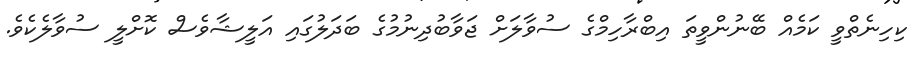
ކިހިނެތްވީ ކަމެއް ބޭނުންވީތަ އިބްރާހިމްގެ ސުވާލަށް ޖަވާބުދިނުމުގެ ބަދަލުގަައި އަލީޝާވެސް ކޮށްލީ ސުވާލެކެވެ.